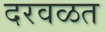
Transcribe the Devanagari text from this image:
दरवळत